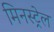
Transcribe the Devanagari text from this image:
मिनस्ट्रेल